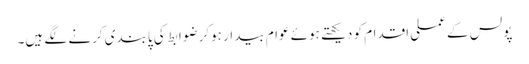
پولس کے عملی اقدام کو دیکھتے ہوئے عوام بیدار ہوکر ضوابط کی پابندی کرنے لگے ہیں۔